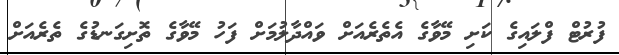
ފުރުޓް ފްލައިގެ ކަށި މޭވާގެ އެތެރެއަށް ވައްދާލުމަށް ފަހު މޭވާގެ ތޮށިގަނޑުގެ ތެރެއަށް